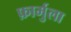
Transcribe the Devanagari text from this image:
फ़ार्मुला